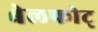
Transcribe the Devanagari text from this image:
बेलफोट्